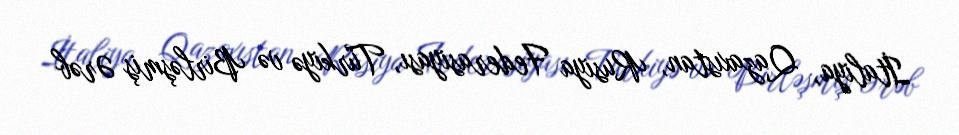
İtaliya, Qazaxıstan, Rusiya Federasiyası, Türkiyə və Birləşmiş Ərəb